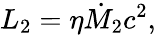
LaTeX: L_{\mathrm{2}}=\eta\dot{M}_{\mathrm{2}}c^{2},